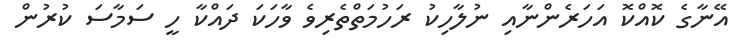
އޭނާގެ ކޮއްކޮ އަހަރެންނާއި ނުލާހިކު ރަހުމަތްތެރިވެ ވާހަކަ ދައްކާ ހީ ސަމާސަ ކުރުން